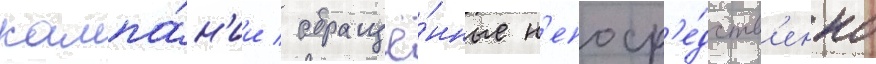
кампа́н'ии / обращё́нные н'епоср'е́дств'енно